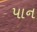
પાન